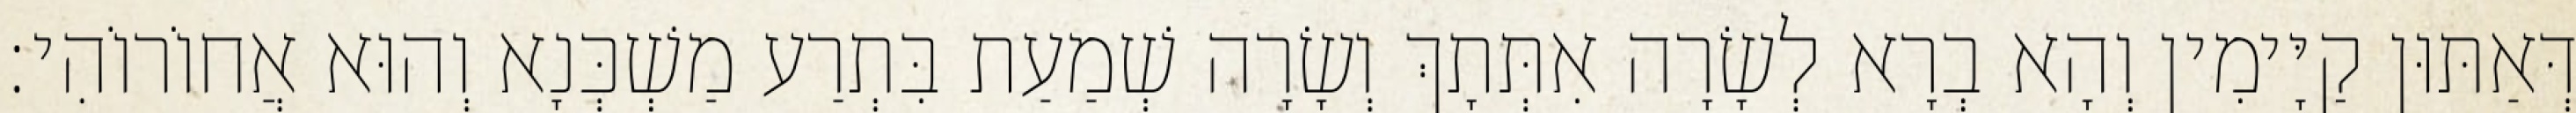
דְּאַתּוּן קַיָּימִין וְהָא בְרָא לְשָׂרָה אִתְּתָךְ וְשָׂרָה שְׁמַעַת בִּתְרַע מַשְׁכְּנָא וְהוּא אֲחוֹרוֹהִי׃